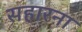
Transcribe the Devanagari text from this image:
सहारना